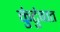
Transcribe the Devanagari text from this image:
कुंटुंबात